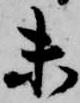
未